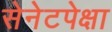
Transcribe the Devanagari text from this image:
सेनेटपेक्षा